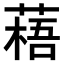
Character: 𫉎